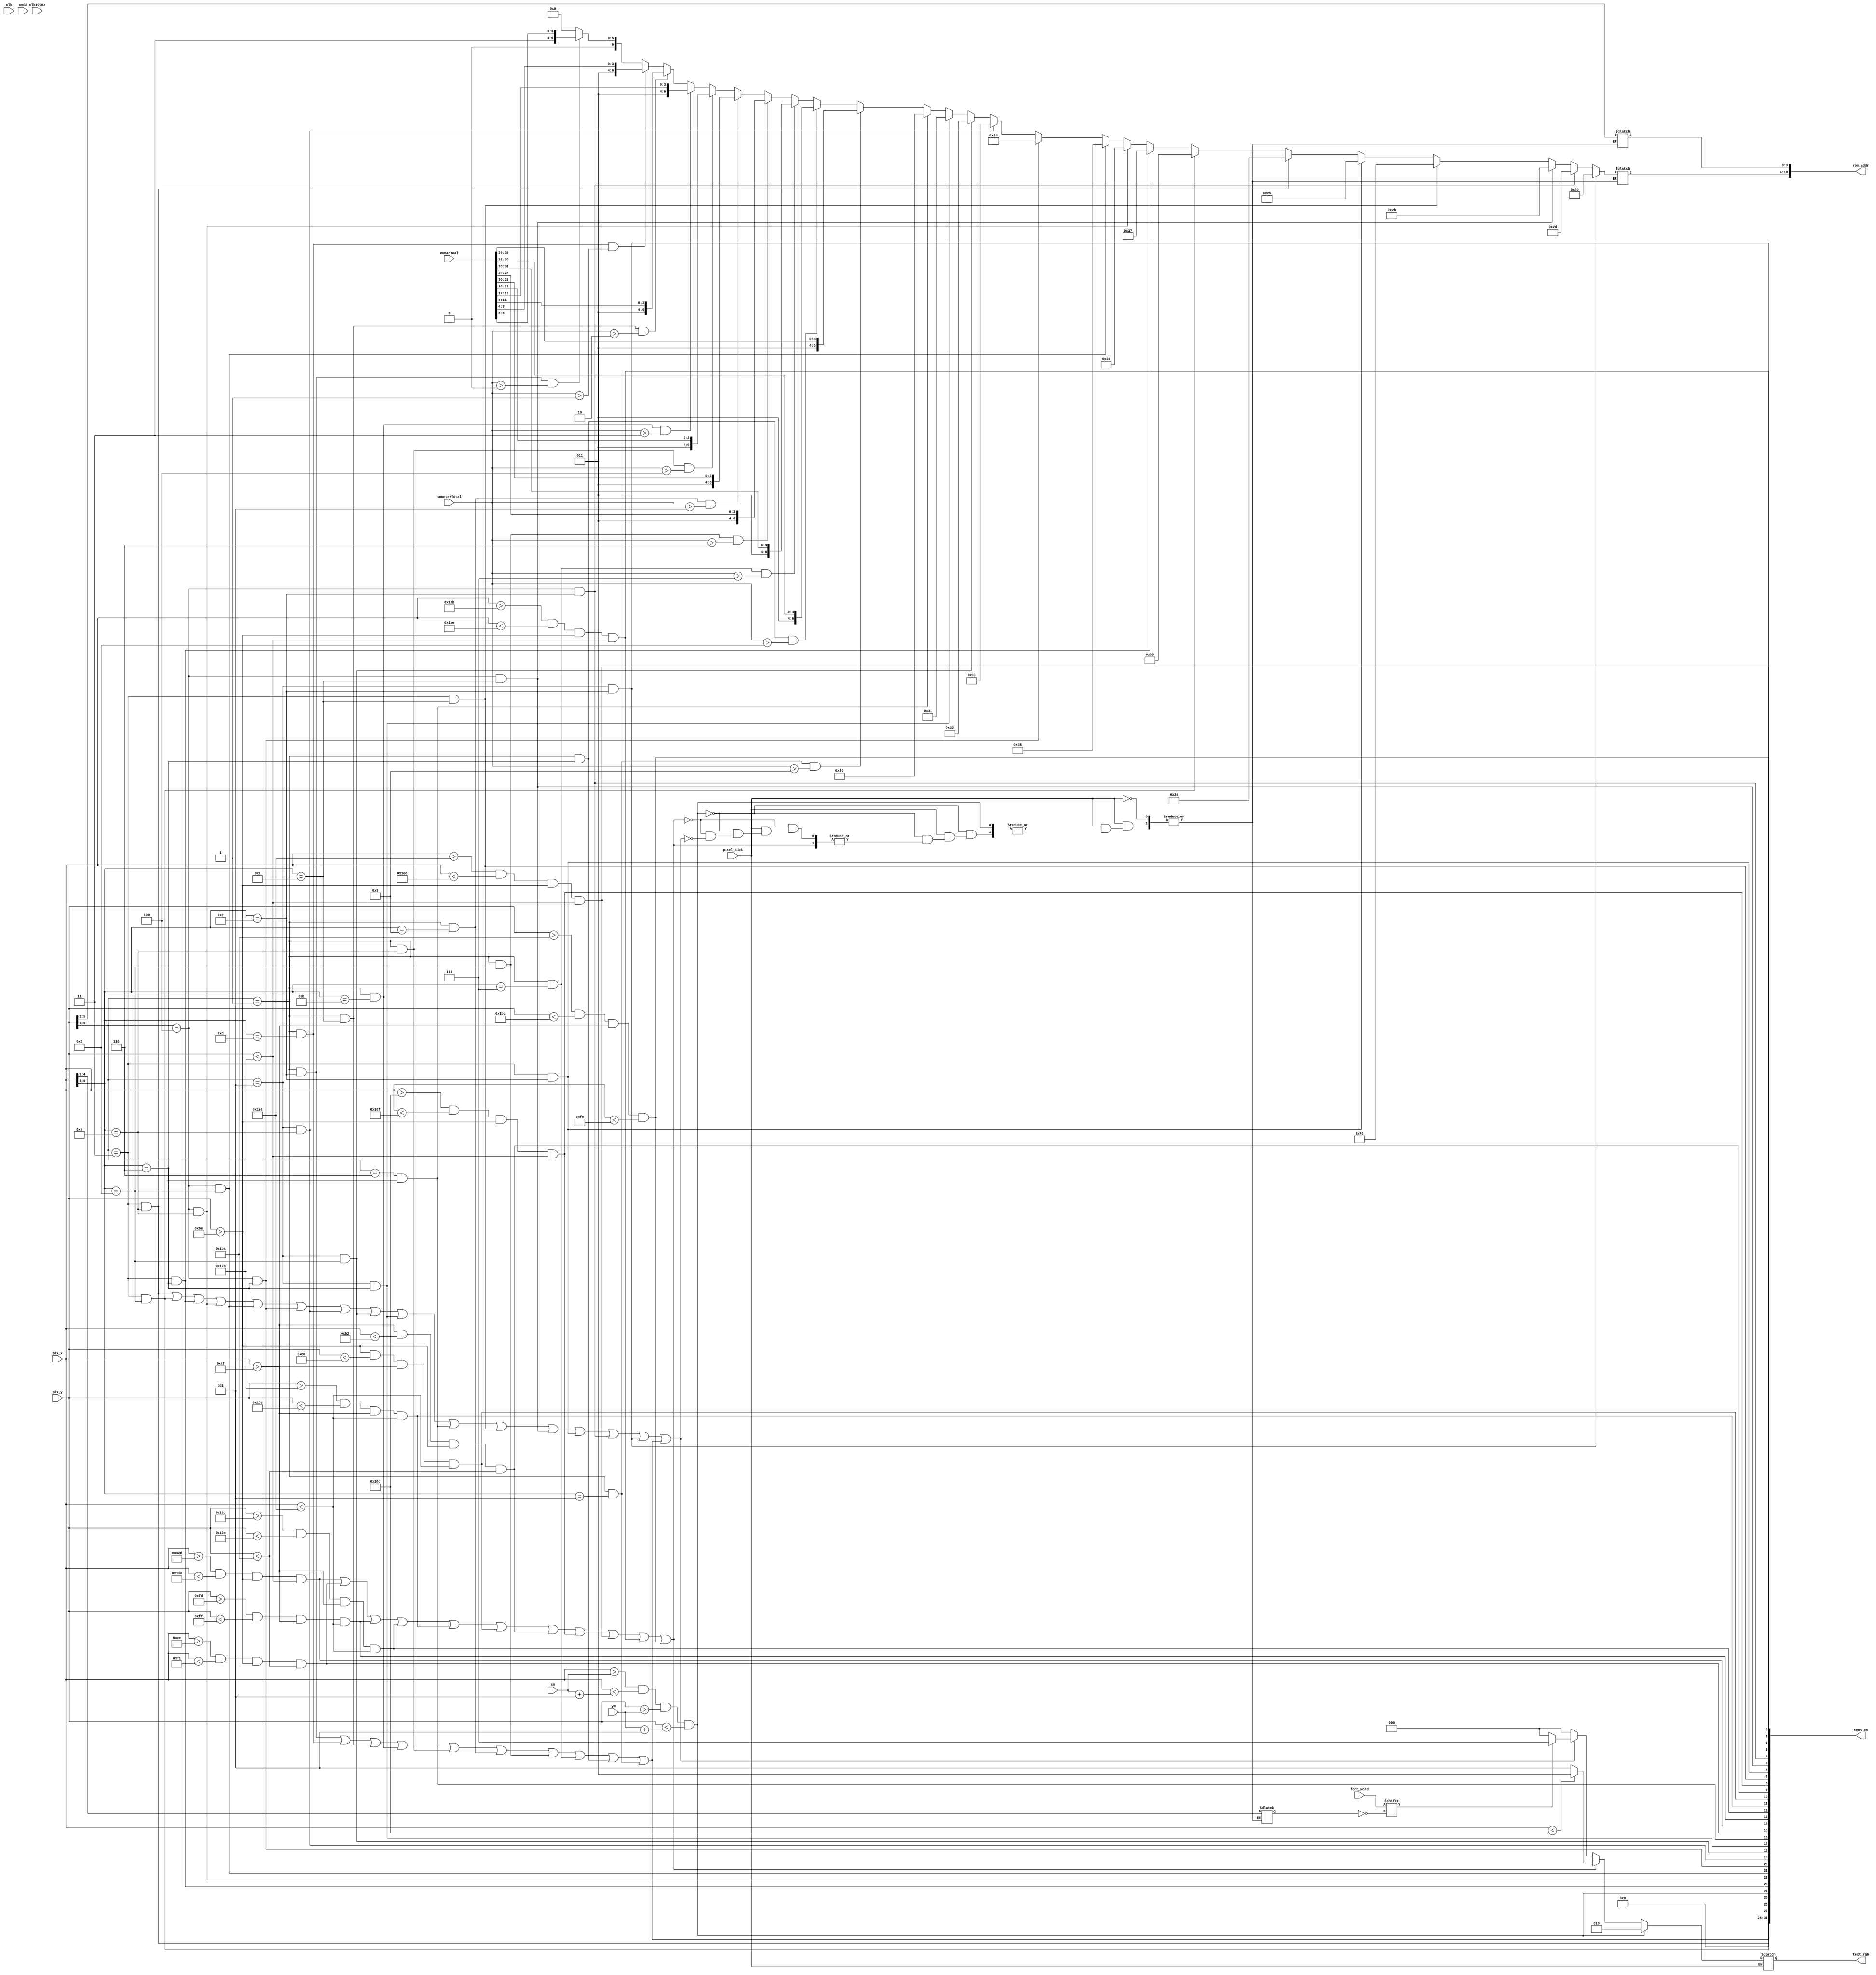
module CalculatorPainter
   (
    input wire  clk, 
	 input wire  clk100Hz, 
	 input wire ceSS,
	 input wire [3:0] counterTotal,
	 input wire [39:0] numActual,
    input wire [9:0] pix_x, pix_y,
	 input wire [7:0] font_word,
	 input wire pixel_tick,	 
	 input wire [9:0] xm, ym,
    output wire [31:0] text_on,
    output reg  [2:0] text_rgb =0,
	 output wire [10:0] rom_addr
   );

	

   // signal declaration---------------------------------------------------------------------
	
	//Declaration of the column of the characters
	
   reg  [6:0] char_addr=0, char_addr_ss=0, char_addr_s = 0, char_addr_st = 0, char_addr_rt = 0,  char_addr_e = 0, 
	char_addr_xo1 = 0, char_addr_xo2 = 0, char_addr_xo3 = 0, char_addr_xo4 = 0, char_addr_xo5 = 0,
	char_addr_xo6 = 0, char_addr_xo7 = 0,char_addr_xo8 = 0;
	
   reg  [3:0] row_addr=0; 
	
	//Declaration for the row of the characters
	
	wire  [3:0] row_addr_rt, row_addr_ss, row_addr_st, row_addr_e,row_addr_xo1, row_addr_xo2, 
	row_addr_xo3,  row_addr_xo4,  row_addr_xo5,  row_addr_xo6,  row_addr_xo7,  row_addr_xo8;
   reg  [2:0] bit_addr=0; 
	
	//Declaration for the bit of each row of the ROMM
   
	wire [2:0] bit_addr_ss,bit_addr_st, bit_addr_rt, bit_addr_e, bit_addr_xo1, bit_addr_xo1, 
	bit_addr_xo1, bit_addr_xo1 , bit_addr_xo1 ,bit_addr_xo1, bit_addr_xo1, bit_addr_xo1, bit_addr_xo1;
   wire font_bit, score_on;
	
	reg state_on = 0;
	reg [2:0] nextRGB = 3'b000;
	
	//Mouse register
	
	//Initial value
	reg [9:0] mouse_x = 245;
	reg [9:0] mouse_y = 245;
	
	
	//Auxulir value
	wire [9:0] mouse_x_coor;
	wire [9:0] mouse_y_coor;
	
	//Wire to know when the elements are on the screen
	wire 	bar_left_on, bar_right_on, bar_up_on, bar_down_on, restart_on, erase_on, restart_underline_on, mouse_on;
	wire xo0_on, xo1_on, xo2_on, xo3_on, xo4_on, xo5_on, xo6_on, xo7_on, xo8_on, playing_on_ss;
	
	//Colores Constantes
	localparam BLACK 		= 3'b000;
	localparam RED   		= 3'b100;
	localparam GREEN 		= 3'b010;
	localparam BLUE      = 3'b001;
	localparam WHITE     = 3'b111;
	localparam PINK      = 3'b101;
	localparam YELLOW    = 3'b110;
	localparam LIGHTBLUE = 3'b011;
	
	
	//Constantes de la posicin de las x's y o's
	
	localparam X_O_LOCATION = 3;
	
	localparam X_O_SEPARATION = 1;
	
	//Ancho de las casillas
	localparam ANCHOCASILLAS = 63;
	
	//Ancho y largo de las barras	
	localparam ANCHOBARRAS = 2;
	localparam LARGOBARRAS = ANCHOCASILLAS * 3;
	localparam LARGOBARRASH = ANCHOCASILLAS * 5;
	
	//Constantes de la ubicacin de las barras
	
	//Ubicacion del GATO 
	
	localparam NUMERAL_X = 175;
	localparam NUMERAL_Y = 190;
	
	//Barra vertical mas izquierda cero
	localparam  BAR_LEFT0_START_X = NUMERAL_X ;
	localparam  BAR_LEFT0_FINAL_X = NUMERAL_X + ANCHOBARRAS + 1;	
	
	//Barra vertical izquierda
	localparam  BAR_LEFT_START_X = NUMERAL_X + ANCHOCASILLAS;
	localparam  BAR_LEFT_FINAL_X = NUMERAL_X + ANCHOCASILLAS + ANCHOBARRAS + 1;
	
	//Barra vertical derecha
	localparam  BAR_RIGHT_START_X = NUMERAL_X + 2*ANCHOCASILLAS;
	localparam  BAR_RIGHT_FINAL_X = NUMERAL_X + 2*ANCHOCASILLAS + ANCHOBARRAS + 1;
	
	//Barra vertical derecha 2
	localparam  BAR_RIGHT2_START_X = NUMERAL_X + 3*ANCHOCASILLAS;
	localparam  BAR_RIGHT2_FINAL_X = NUMERAL_X + 3*ANCHOCASILLAS + ANCHOBARRAS + 1;	
	
	//Barra vertical derecha 3
	localparam  BAR_RIGHT3_START_X = NUMERAL_X + 4*ANCHOCASILLAS;
	localparam  BAR_RIGHT3_FINAL_X = NUMERAL_X + 4*ANCHOCASILLAS + ANCHOBARRAS + 1;		
	
	//Barra vertical derecha 3
	localparam  BAR_RIGHT4_START_X = NUMERAL_X + 5*ANCHOCASILLAS;
	localparam  BAR_RIGHT4_FINAL_X = NUMERAL_X + 5*ANCHOCASILLAS + ANCHOBARRAS + 1;		
	
	//Barras verticales largo
	localparam  BAR_VERTICAL_START_Y = NUMERAL_Y;
	localparam  BAR_VERTICAL_FINAL_Y = NUMERAL_Y + LARGOBARRAS;
	
	//---------------------------------------------------------
	
	//Barra horizontal arriba cero
	localparam  BAR_UP0_START_Y = NUMERAL_Y ;
	localparam  BAR_UP0_FINAL_Y = NUMERAL_Y + ANCHOBARRAS;	

	//Barra horizontal arriba
	localparam  BAR_UP_START_Y = NUMERAL_Y + ANCHOCASILLAS;
	localparam  BAR_UP_FINAL_Y = NUMERAL_Y + ANCHOCASILLAS + ANCHOBARRAS;

	//Barra horizontal abajo
	localparam  BAR_DOWN_START_Y = NUMERAL_Y + 2*ANCHOCASILLAS;
	localparam  BAR_DOWN_FINAL_Y = NUMERAL_Y + 2*ANCHOCASILLAS + ANCHOBARRAS;
	
	//Barra horizontal mas abajo
	localparam  BAR_DOWN2_START_Y = NUMERAL_Y + 3*ANCHOCASILLAS;
	localparam  BAR_DOWN2_FINAL_Y = NUMERAL_Y + 3*ANCHOCASILLAS + ANCHOBARRAS;	
	
	//Barra horizontal mas abajo
	localparam  BAR_DOWN3_START_Y = NUMERAL_Y + 4*ANCHOCASILLAS;
	localparam  BAR_DOWN3_FINAL_Y = NUMERAL_Y + 4*ANCHOCASILLAS + ANCHOBARRAS;		
	
	//Barras horizontales largo
	localparam  BAR_HORIZONTAL_START_X = NUMERAL_X;
	localparam  BAR_HORIZONTAL_FINAL_X = NUMERAL_X + LARGOBARRASH  ;

	//Asigno cuando las barras deben ser pintadas
	
	assign bar_left0_on =  (pix_x > BAR_LEFT0_START_X) && 
								 (pix_x < BAR_LEFT0_FINAL_X) &&
								 (pix_y > BAR_VERTICAL_START_Y) &&
								 (pix_y < BAR_VERTICAL_FINAL_Y + ANCHOCASILLAS);

	
	assign bar_left_on =  (pix_x > BAR_LEFT_START_X) && 
								 (pix_x < BAR_LEFT_FINAL_X) &&
								 (pix_y > BAR_VERTICAL_START_Y) &&
								 (pix_y < BAR_VERTICAL_FINAL_Y + ANCHOCASILLAS);
								
	assign bar_right_on = (pix_x > BAR_RIGHT_START_X) && 
								 (pix_x < BAR_RIGHT_FINAL_X) &&
								 (pix_y > BAR_VERTICAL_START_Y) &&
								 (pix_y < BAR_VERTICAL_FINAL_Y);
								 
	assign bar_right2_on = (pix_x > BAR_RIGHT2_START_X) && 
								 (pix_x < BAR_RIGHT2_FINAL_X) &&
								 (pix_y > BAR_VERTICAL_START_Y) &&
								 (pix_y < BAR_VERTICAL_FINAL_Y);
								 
	assign bar_right3_on = (pix_x > BAR_RIGHT3_START_X) && 
								 (pix_x < BAR_RIGHT3_FINAL_X) &&
								 (pix_y > BAR_VERTICAL_START_Y) &&
								 (pix_y < BAR_VERTICAL_FINAL_Y);	
								 
	assign bar_right4_on = (pix_x > BAR_RIGHT4_START_X) && 
								 (pix_x < BAR_RIGHT4_FINAL_X) &&
								 (pix_y > BAR_VERTICAL_START_Y) &&
								 (pix_y < BAR_VERTICAL_FINAL_Y);								 
//--------------------------------------------								 
								 
	assign bar_up0_on =   (pix_y > BAR_UP0_START_Y) && 
								 (pix_y < BAR_UP0_FINAL_Y) &&
								 (pix_x > BAR_HORIZONTAL_START_X) &&
								 (pix_x < BAR_HORIZONTAL_FINAL_X);									 

	assign bar_up_on =    (pix_y > BAR_UP_START_Y) && 
								 (pix_y < BAR_UP_FINAL_Y) &&
								 (pix_x > BAR_HORIZONTAL_START_X) &&
								 (pix_x < BAR_HORIZONTAL_FINAL_X);								 

	assign bar_down_on =  (pix_y > BAR_DOWN_START_Y) && 
								 (pix_y < BAR_DOWN_FINAL_Y) &&	
								 (pix_x > BAR_HORIZONTAL_START_X) &&
								 (pix_x < BAR_HORIZONTAL_FINAL_X);
								 
	assign bar_down2_on =  (pix_y > BAR_DOWN2_START_Y) && 
								 (pix_y < BAR_DOWN2_FINAL_Y) &&	
								 (pix_x > BAR_HORIZONTAL_START_X) &&
								 (pix_x < BAR_HORIZONTAL_FINAL_X);		

	assign bar_down3_on =  (pix_y > BAR_DOWN3_START_Y) && 
								 (pix_y < BAR_DOWN3_FINAL_Y) &&	
								 (pix_x > BAR_HORIZONTAL_START_X) &&
								 (pix_x < NUMERAL_X + ANCHOCASILLAS + 2);									 

								 

	//Para mostrar siempre el mouse en pantalla
								 
	assign mouse_on = (pix_x > xm) && (pix_x <xm + 5) && 
							(pix_y > ym) && (pix_y <ym + 5);					

   //-------------------------------------------
   // Temporizador
   //  - Seccion donde se despliega el temporizador
   //  - escala  16-32 
   //-------------------------------------------
   /*assign score_on = (pix_y[9:5]==7) && (pix_x[9:4]<32  && pix_x[9:4]>15);
   assign row_addr_s = pix_y[4:1];
   assign bit_addr_s = pix_x[3:1];
   always @*
      case (pix_x[7:4])	
			4'h0: char_addr_s = 7'h00; //		
			4'h1: char_addr_s = 7'h00; //			
         4'h2: char_addr_s = {3'b011,dig0}; //Aqui escojo segun el digito entrante el que coloco en pantalla
         4'h3: char_addr_s = {3'b011,dig1}; //Aqui escojo segun el digito entrante el que coloco en pantalla		
         4'h4: char_addr_s = 7'h3a; // :
         4'h5: char_addr_s = {3'b011,dig2}; //Aqui escojo segun el digito entrante el que coloco en pantalla
         4'h6: char_addr_s = {3'b011,dig3}; //Aqui escojo segun el digito entrante el que coloco en pantalla
			4'h7: char_addr_s = 7'h00; //
			4'h8: char_addr_s = 7'h00; //
			4'h9: char_addr_s = 7'h00; //
			4'ha: char_addr_s = 7'h00; //
			4'hb: char_addr_s = 7'h00; //
			4'hc: char_addr_s = 7'h00; //
			4'hd: char_addr_s = 7'h00; //
			4'he: char_addr_s = 7'h00; //
			4'hf: char_addr_s = 7'h00; //
			default : char_addr_s = 7'h00;			
      endcase*/
		
		
   //-------------------------------------------
	// -Despliega:
   //   X|_|_
	//	  _|_|_	 
	//    | |
   // -Escala  32-64 
   //-------------------------------------------
	
   assign row_addr_xo1 = pix_y[5:2];
   assign bit_addr_xo1 = pix_x[4:2];
	assign xo7_on = (pix_y[9:6]== X_O_LOCATION ) && (pix_x[9:5]==6);
	assign xo8_on = (pix_y[9:6]== X_O_LOCATION ) && (pix_x[9:5]==8);
	assign xo9_on = (pix_y[9:6]== X_O_LOCATION ) && (pix_x[9:5]==10);
	assign xo4_on = (pix_y[9:6]== X_O_LOCATION + X_O_SEPARATION) && (pix_x[9:5]==6);
	assign xo5_on = (pix_y[9:6]== X_O_LOCATION + X_O_SEPARATION ) && (pix_x[9:5]==8);
	assign xo6_on = (pix_y[9:6]== X_O_LOCATION + X_O_SEPARATION ) && (pix_x[9:5]==10);
	assign xo1_on = (pix_y[9:6]== X_O_LOCATION + 2*X_O_SEPARATION ) && (pix_x[9:5]==6);
	assign xo2_on = (pix_y[9:6]== X_O_LOCATION + 2*X_O_SEPARATION ) && (pix_x[9:5]==8);
	assign xo3_on = (pix_y[9:6]== X_O_LOCATION + 2*X_O_SEPARATION ) && (pix_x[9:5]==10);
	assign xo0_on = (pix_y[9:6]== X_O_LOCATION + 3*X_O_SEPARATION ) && (pix_x[9:5]==6);
	
	assign mult_on= (pix_y[9:6]== X_O_LOCATION   ) && (pix_x[9:5]==12);
	assign div_on = (pix_y[9:6]== X_O_LOCATION ) && (pix_x[9:5]==14);
	assign sum_on = (pix_y[9:6]== X_O_LOCATION + X_O_SEPARATION ) && (pix_x[9:5]==12);	
	assign sub_on = (pix_y[9:6]== X_O_LOCATION + X_O_SEPARATION ) && (pix_x[9:5]==14);	
	assign equal_on = (pix_y[9:6]== X_O_LOCATION + 2*X_O_SEPARATION ) && (pix_x[9:5]==14);
	

	
	wire num_on,num_on1,num_on2,num_on3,num_on4,num_on5,num_on6,num_on7,num_on8,
		num_on9,num_on10;
	localparam firstNum = 14;

	assign num_on1 = (pix_y[9:6]== 1) && (pix_x[9:5]==firstNum);
	assign num_on2 = (pix_y[9:6]== 1) && (pix_x[9:5]==firstNum - 1);
	assign num_on3 = (pix_y[9:6]== 1) && (pix_x[9:5]==firstNum - 2);
	assign num_on4 = (pix_y[9:6]== 1) && (pix_x[9:5]==firstNum - 3);
	assign num_on5 = (pix_y[9:6]== 1) && (pix_x[9:5]==firstNum - 4);
	assign num_on6 = (pix_y[9:6]== 1) && (pix_x[9:5]==firstNum - 5);
	assign num_on7 = (pix_y[9:6]== 1) && (pix_x[9:5]==firstNum - 6);
	assign num_on8 = (pix_y[9:6]== 1) && (pix_x[9:5]==firstNum - 7);
	assign num_on9 = (pix_y[9:6]== 1) && (pix_x[9:5]==firstNum - 8);
	assign num_on10 = (pix_y[9:6]== 1) && (pix_x[9:5]==firstNum - 9);
	
	assign num_on = num_on1 || num_on2 || num_on3 || num_on4 || num_on5 || num_on6 ||
				num_on7 || num_on8 || num_on9 || num_on10;
	
	//Decido si pintar X o Y
   always @*
		begin
			char_addr_xo1 = 11'b0;
			//CUADRO ARRIBA IZQUIERDA
			if(num_on1 && (counterTotal > 0) )
					char_addr_xo1 = {3'b011,numActual[3:0]};
			if(num_on2 && (counterTotal > 1))
					char_addr_xo1 = {3'b011,numActual[7:4]};
			if(num_on3 && (counterTotal > 2))
					char_addr_xo1 = {3'b011,numActual[11:8]};
			if(num_on4 && (counterTotal > 3))
					char_addr_xo1 = {3'b011,numActual[15:12]};
			if(num_on5 && (counterTotal > 4))
					char_addr_xo1 = {3'b011,numActual[19:16]};
			if(num_on6 && (counterTotal > 5))
					char_addr_xo1 = {3'b011,numActual[23:20]};
			if(num_on7 && (counterTotal > 6))
					char_addr_xo1 = {3'b011,numActual[27:24]};	
			if(num_on8 && (counterTotal > 7))
					char_addr_xo1 = {3'b011,numActual[31:28]};	
			if(num_on9 && (counterTotal > 8))
					char_addr_xo1 = {3'b011,numActual[35:32]};	
			if(num_on10 && (counterTotal > 9))
					char_addr_xo1 = {3'b011,numActual[39:36]};					
			if(xo0_on)
					char_addr_xo1 = 11'h30;
			//CUADRO ARRIBA CENTRO
			if(xo1_on)
					char_addr_xo1 = 11'h31;
			//CUADRO ARRIBA DERECHA				
			if(xo2_on)
					char_addr_xo1 = 11'h32;
			//CUADRO ARRIBA IZQUIERDA				
			if(xo3_on)
					char_addr_xo1 = 11'h33;
			//CUADRO ARRIBA CENTRO				
			if(xo4_on)
					char_addr_xo1 = 11'h34;
			//CUADRO ARRIBA DERECHA				
			if(xo5_on)
					char_addr_xo1 = 11'h35;
			//CUADRO ARRIBA IZQUIERDA				
			if(xo6_on)
					char_addr_xo1 = 11'h36;
			//CUADRO ARRIBA CENTRO				
			if(xo7_on)
					char_addr_xo1 = 11'h37;	
			//CUADRO ARRIBA DERECHA				
			if(xo8_on)		
					char_addr_xo1 = 11'h38;
			//CUADRO ARRIBA DERECHA						
			if(xo9_on)
					char_addr_xo1 = 11'h39;
			if(div_on)
					char_addr_xo1 = 11'h25;
			if(mult_on)
					char_addr_xo1 = 11'h78;					
			if(sum_on)
					char_addr_xo1 = 11'h2b;
			if(sub_on)
					char_addr_xo1 = 11'h2d;
			if(equal_on)
					char_addr_xo1 = 11'h40;
					
		end		
  
   //-------------------------------------------
   // Titulo
   //  - Despliega en el label Restart Match
   //  - Escala  16-32 
   //-------------------------------------------
	assign row_addr_rt = pix_y[4:1];
   assign bit_addr_rt = pix_x[3:1];
   assign restart_on = (pix_y[9:5]==13) && (pix_x[9:4]>7) &&(pix_x[9:4]<21);
	always @*
	begin
		char_addr_rt = 7'h00;
		begin				
			case (pix_x[7:4])
				
				4'h0: char_addr_rt = 7'h4d; // M
				4'h1: char_addr_rt = 7'h61; // a
				4'h2: char_addr_rt = 7'h74; // t
				4'h3: char_addr_rt = 7'h63; // c
				4'h4: char_addr_rt = 7'h68; // h
				4'h5: char_addr_rt = 7'h00; // 
				4'h6: char_addr_rt = 7'h00; // 
				4'h7: char_addr_rt = 7'h00; // 
				4'h8: char_addr_rt = 7'h52; // R
				4'h9: char_addr_rt = 7'h65; // e
				4'ha: char_addr_rt = 7'h73; // s
				4'hb: char_addr_rt = 7'h74; // t
				4'hc: char_addr_rt = 7'h61; // a			
				4'hd: char_addr_rt = 7'h72; // r
				4'he: char_addr_rt = 7'h74; // t				
				default : char_addr_rt = 7'h00;
			endcase			
		end
	end	


 //-------------------------------------------
   // Titulo
   //  - Despliega en el label Restart Match
   //  - Escala  16-32 
   //-------------------------------------------
	assign row_addr_e = pix_y[4:1];
   assign bit_addr_e = pix_x[3:1];
   assign erase_on = (pix_y[9:5]==13) && (pix_x[9:4]>21) &&(pix_x[9:4]<33);
	always @*
	begin
		char_addr_e = 7'h00;
		begin				
			case (pix_x[7:4])
				
				4'h0: char_addr_e = 7'h65; // e
				4'h1: char_addr_e = 7'h00; // 
				4'h2: char_addr_e = 7'h00; // 
				4'h3: char_addr_e = 7'h00; // 
				4'h4: char_addr_e = 7'h00; // 
				4'h5: char_addr_e = 7'h00; // 
				4'h6: char_addr_e = 7'h45; // E
				4'h7: char_addr_e = 7'h72; // r
				4'h8: char_addr_e = 7'h61; // a
				4'h9: char_addr_e = 7'h73; // s
				4'ha: char_addr_e = 7'h65; // e
				4'hb: char_addr_e = 7'h00; // 
				4'hc: char_addr_e = 7'h53; // S
				4'hd: char_addr_e = 7'h63; // c
				4'he: char_addr_e = 7'h6f; // o				
				4'hf: char_addr_e = 7'h72; // r
				default : char_addr_e = 7'h00;
			endcase			
		end
	end	


   //-------------------------------------------
   // Titulo
   //  - Despliega en el titulo "Start Playing"
   //  - Escala  32-64 
   //-------------------------------------------
   assign row_addr_ss = pix_y[5:2];
   assign bit_addr_ss = pix_x[4:2];
	assign playing_on_ss = (pix_y[9:6]==1) && ((pix_x[9:5]>2) && (pix_x[9:5]<18));
   always @*
	begin		
		char_addr_ss = 7'h00;
		begin				
			case (pix_x[8:5])
				4'h3: char_addr_ss = 7'h53; // S
				4'h4: char_addr_ss = 7'h74; // t
				4'h5: char_addr_ss = 7'h61; // a
				4'h6: char_addr_ss = 7'h72; // r
				4'h7: char_addr_ss = 7'h74; // t
				4'h8: char_addr_ss = 7'h00; // 
				4'h9: char_addr_ss = 7'h50; // P
				4'ha: char_addr_ss = 7'h6c; // l
				4'hb: char_addr_ss = 7'h61; // a
				4'hc: char_addr_ss = 7'h79; // y
				4'hd: char_addr_ss = 7'h69; // i
				4'he: char_addr_ss = 7'h6e; // n
				4'hf: char_addr_ss = 7'h67; // g
				default : char_addr_ss = 7'h00;
			endcase			
		end
	end


//	Pinta el mouse


	
//-------------------------------------------
// Aqui se escoge cual color enviar a colocar mientras se encuentre cada elemento encima
//-------------------------------------------
   always @*
		begin //Para sincronizar con el pixy evitar indeseados erroes
			if(pixel_tick)
				begin
					text_rgb = 3'b000;  // fonodo negro
					if(mouse_on)
						begin
							text_rgb = GREEN;
						end					
					else if (bar_right_on || bar_left_on || bar_up_on || bar_down_on ||bar_down2_on
						|| bar_up0_on ||bar_left0_on || bar_right2_on || bar_right4_on || bar_right3_on
							|| bar_down3_on) //Si la barra vertical derecha se encuentra encima
						if(pix_x < NUMERAL_X + 3*ANCHOCASILLAS)
						text_rgb = LIGHTBLUE; 
						else 
						text_rgb = PINK;
					else if(xo9_on || xo8_on || xo7_on || xo6_on || xo5_on || xo4_on || xo3_on || 
									xo2_on || xo1_on || xo0_on || mult_on || sum_on || div_on || sub_on
										||equal_on || num_on)
						begin
							char_addr = char_addr_xo1;
							row_addr = row_addr_xo1;
							bit_addr = bit_addr_xo1;		
							if(font_bit)
								text_rgb = WHITE;	
							else 
								text_rgb = BLACK;	
						end					
					else
							text_rgb = BLACK;
				end			
				
		end
	


   assign text_on = {num_on, xo9_on,xo8_on, mouse_on, xo7_on, xo6_on,xo5_on,xo4_on, xo3_on,xo2_on,xo1_on, xo0_on,
								 bar_left_on, bar_right_on, bar_up_on, bar_down_on,bar_down2_on,
								 bar_up0_on,bar_left0_on,bar_right2_on,
								 mult_on,div_on,sum_on,sub_on,equal_on,bar_right4_on,bar_right3_on,
									bar_down3_on};
   //-------------------------------------------
   // Direccion de la rom para escoger el numero deseado
   //-------------------------------------------
   assign rom_addr = {char_addr, row_addr};
   assign font_bit = font_word[~bit_addr];
		

endmodule